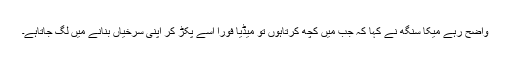
واضح رہے میکا سنگھ نے کہا کہ جب میں کچھ کرتاہوں تو میڈیا فوراً اسے پکڑ کر اپنی سرخیاں بنانے میں لگ جاتاہے۔